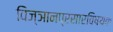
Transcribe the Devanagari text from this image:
विज्ञानप्रसारविषयक